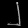
Digit: ၂